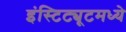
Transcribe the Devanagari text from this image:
इंस्टिट्यूटमध्ये